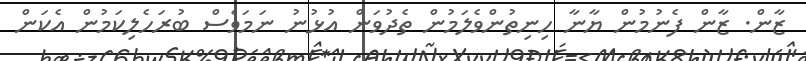
ޒާން. ޒާން ފެނުމުން ޔާނާ ހިނިތުންވެލަމުން ތެދުވަން އުޅުނު ނަމަވެސް ބުރަހެލިކަމުން އެކަން